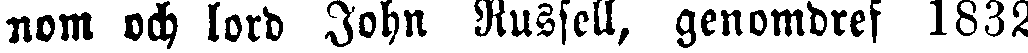
nom och lord John Russell, genomdref 1832